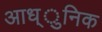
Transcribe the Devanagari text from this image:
आध्ुनिक